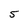
Character: 5